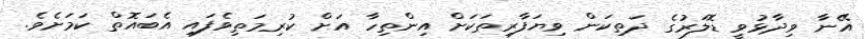
އޭނާ ވިދާޅުވީ ޑޮލަރުގެ ދަތިކަން ވިޔަފާރިތަކަށް އިންތިހާ އަށް ކުރިމަތިވެފައި އެބައޮތް ކަމަށެވެ.